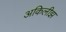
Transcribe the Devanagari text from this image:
अकिलीझ